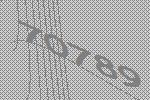
70789